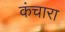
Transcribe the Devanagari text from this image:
कंचारा